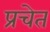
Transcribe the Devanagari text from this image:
प्रचेत